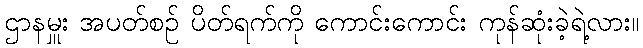
ဌာနမှူး အပတ်စဉ် ပိတ်ရက်ကို ကောင်းကောင်း ကုန်ဆုံးခဲ့ရဲ့လား။